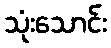
သုံးသောင်း